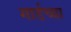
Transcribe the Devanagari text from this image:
गार्डच्या